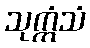
သုက္ကံသံ